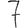
Digit: 7